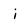
Character: i